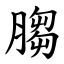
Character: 䐢